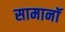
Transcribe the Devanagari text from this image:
सामानॉ